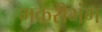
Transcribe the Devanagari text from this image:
मकरीभंग